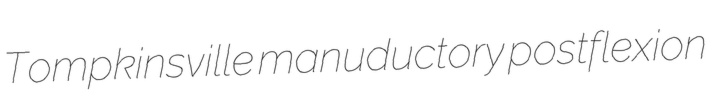
Tompkinsville manuductory postflexion